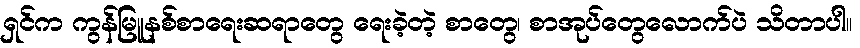
ရှင်က ကွန်မြူနစ်စာရေးဆရာတွေ ရေးခဲ့တဲ့ စာတွေ၊ စာအုပ်တွေလောက်ပဲ သိတာပါ။